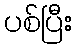
ပစ်ပြီး